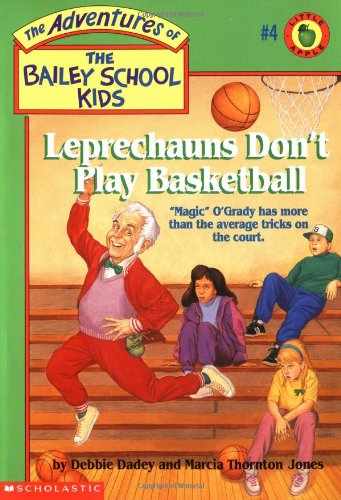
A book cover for Leprechauns Don't Play Basketball (The Adventures of the Bailey School Kids, #4); Debbie Dadey; Children's Books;